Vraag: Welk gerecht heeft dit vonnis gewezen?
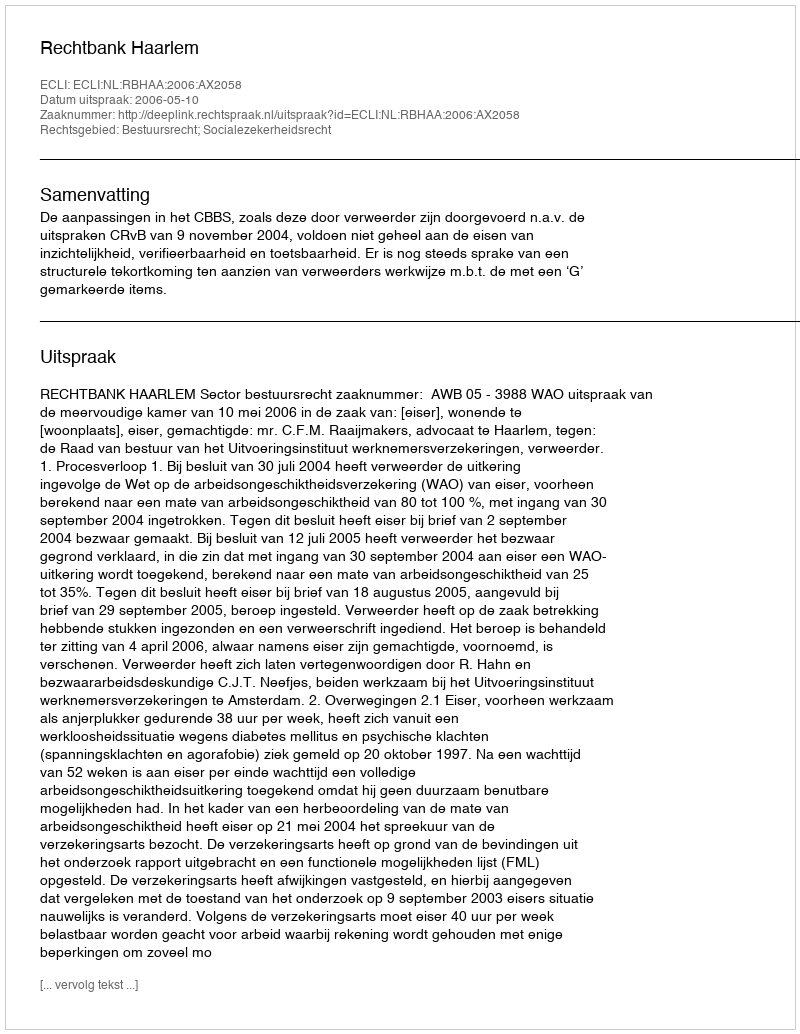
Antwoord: Rechtbank Haarlem